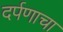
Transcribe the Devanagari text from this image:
दर्पणाचा